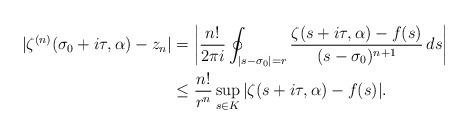
LaTeX: \begin{align*}|\zeta^{(n)}(\sigma_0+i \tau, \alpha)-z_n|&= \left| \frac{n!}{2\pi i} \oint_{|s-\sigma_0|=r} \frac{\zeta(s+i \tau, \alpha)-f(s)}{(s-\sigma_0)^{n+1}} \,ds \right| \\&\leq \frac{n!}{r^n} \sup_{s \in K} |\zeta(s+i \tau, \alpha)-f(s)|. \end{align*}